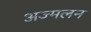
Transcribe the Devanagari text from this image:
अज्मलन